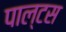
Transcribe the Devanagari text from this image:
पाल्टस